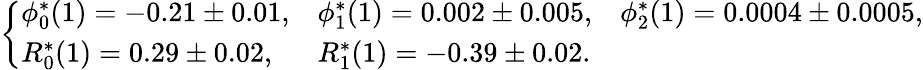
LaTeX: \left\{ \begin{array}{lll}{\phi_{0}^{*}(1)=-0.21\pm 0.01,}&{\phi_{1}^{*}(1)=0.002\pm 0.005,}&{\phi_{2}^{*}(1)=0.0004\pm 0.0005,}\\ {R_{0}^{*}(1)=0.29\pm 0.02,}&{R_{1}^{*}(1)=-0.39\pm 0.02.}&{}\end{array}\right.